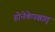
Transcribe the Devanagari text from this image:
होनेकेपश्चात्